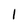
Character: 1